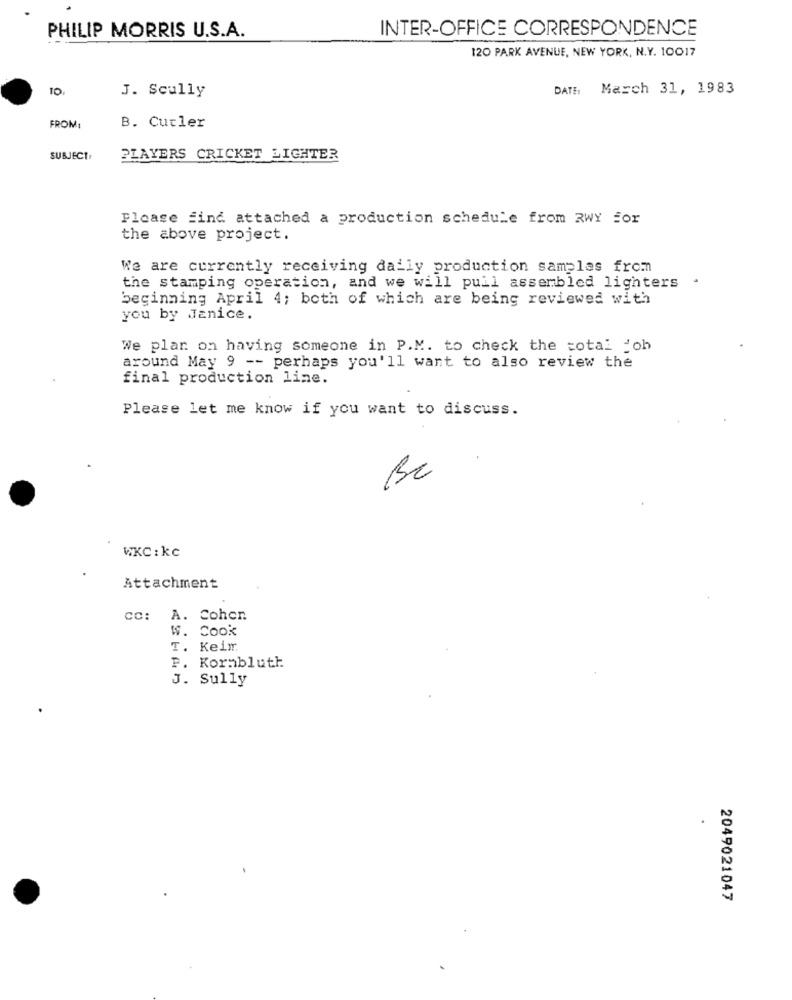
PHILIP MORRIS U.S.A.
INTER-OFFICE CORRESPONDENCE
120 PARK AVENUE, NEW YORK, N.Y. 10017
10.
DATH March 31, 1983
J. Scully
FROM:
B. Cutler
SUBJECT:
PLAYERS CRICKET LIGHTER
Please find attached a production schedule from RWY for
the above project.
We are currently receiving daily production samples from
the stamping operation, and we will pull assembled lighters
beginning April 4; both of which are being reviewed with
you by Janice.
We plan on having someone in P.M. to check the total joh
around May 9 -- perhaps you'll want to also review the
final production line.
Please let me know if you want to discuss.
BC
WKC : kc
Attachment
CC: A. Cohen
W. Cook
T. Keim
P. Kornbluth
J. Sully
2049021047